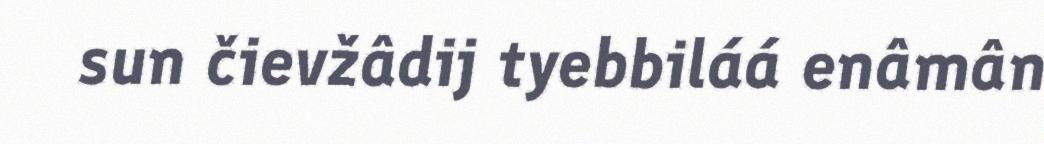
sun čievžâdij tyebbiláá enâmân